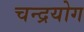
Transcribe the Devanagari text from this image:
चन्द्रयोग